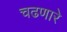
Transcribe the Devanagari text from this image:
चढणारे